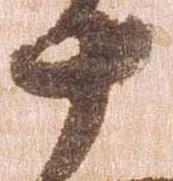
十